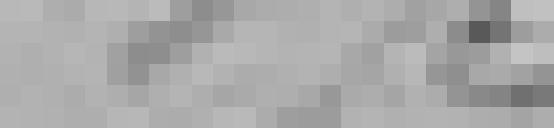
173